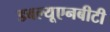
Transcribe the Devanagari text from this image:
डबल्यूएनबीटी